Annual report of the Punjab Veterinary College and of the Civil Veterinary Department, Punjab - 1920-1925
Year: 1920
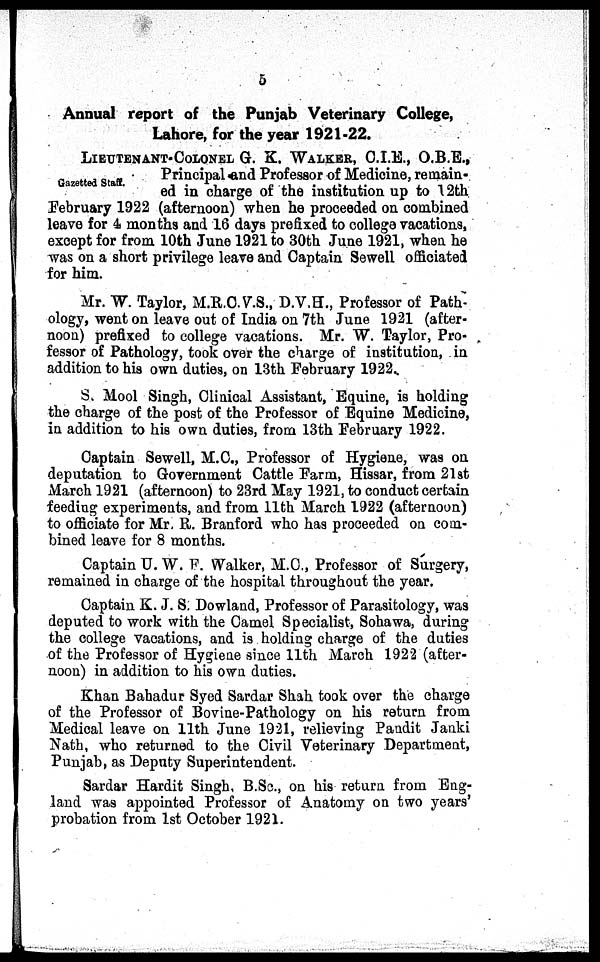
5
Annual report of the Punjab Veterinary College,
Lahore, for the year 1921-22.
Gazetted Staff.
LIEUTENANT-COLONEL G. K. WALKER, C.I.E., O.B.E.,
Principal and Professor of Medicine, remain-
ed in charge of the institution up to 12th
February 1922 (afternoon) when he proceeded on combined
leave for 4 months and 16 days prefixed to college vacations,
except for from 10th June 1921 to 30th June 1921, when he
was on a short privilege leave and Captain Sewell officiated
for him.
Mr. W. Taylor, M.R.C.V.S., D.V.H., Professor of Path-
ology, went on leave out of India on 7th June 1921 (after-
noon) prefixed to college vacations. Mr. W. Taylor, Pro-
fessor of Pathology, took over the charge of institution, in
addition to his own duties, on 13th February 1922.
S. Mool Singh, Clinical Assistant, Equine, is holding
the charge of the post of the Professor of Equine Medicine,
in addition to his own duties, from 13th February 1922.
Captain Sewell, M.C., Professor of Hygiene, was on
deputation to Government Cattle Farm, Hissar, from 21st
March 1921 (afternoon) to 23rd May 1921, to conduct certain
feeding experiments, and from 11th March 1922 (afternoon)
to officiate for Mr. R. Branford who has proceeded on com-
bined leave for 8 months.
Captain U. W. F. Walker, M.C., Professor of Surgery,
remained in charge of the hospital throughout the year.
Captain K. J. S. Dowland, Professor of Parasitology, was
deputed to work with the Camel Specialist, Sohawa, during
the college vacations, and is holding charge of the duties
of the Professor of Hygiene since 11th March 1922 (after-
noon) in addition to his own duties.
Khan Bahadur Syed Sardar Shah took over the charge
of the Professor of Bovine-Pathology on his return from
Medical leave on 11th June 1921, relieving Pandit Janki
Nath, who returned to the Civil Veterinary Department,
Punjab, as Deputy Superintendent.
Sardar Hardit Singh, B.Sc., on his return from Eng-
land was appointed Professor of Anatomy on two years'
probation from 1st October 1921.